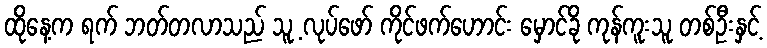
ထိုနေ့က ရက် ဘတ်တလာသည် သူ့ လုပ်ဖော် ကိုင်ဖက်ဟောင်း မှောင်ခို ကုန်ကူးသူ တစ်ဦးနှင့်